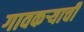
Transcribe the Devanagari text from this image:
गावकर्‍याची